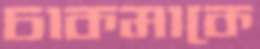
চাকমাকে